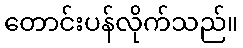
တောင်းပန်လိုက်သည်။